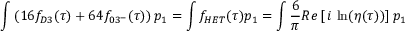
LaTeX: \int \left( 1 6 f _ { D 3 } ( \tau ) + 6 4 f _ { 0 3 ^ { - } } ( \tau ) \right) p _ { 1 } = \int f _ { H E T } ( \tau ) p _ { 1 } = \int \frac { 6 } { \pi } R e \left[ \, i \, \ln ( \eta ( \tau ) ) \right] p _ { 1 }